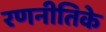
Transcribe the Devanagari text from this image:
रणनीतिके